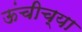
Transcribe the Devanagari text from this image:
ऊंचीच्या